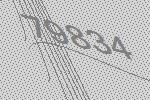
79834